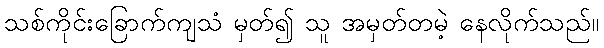
သစ်ကိုင်းခြောက်ကျသံ မှတ်၍ သူ အမှတ်တမဲ့ နေလိုက်သည်။